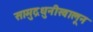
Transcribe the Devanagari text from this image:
सामुद्रधुनीखालून